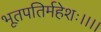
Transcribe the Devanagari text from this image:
भूतपतिर्महेशः।।।।